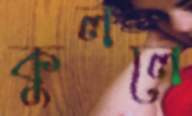
কুললে